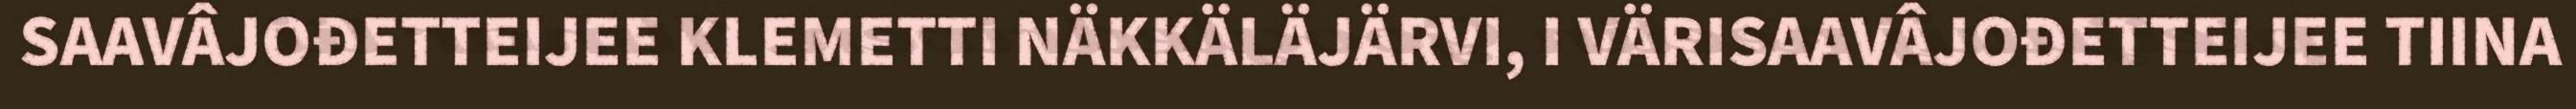
SAAVÂJOĐETTEIJEE KLEMETTI NÄKKÄLÄJÄRVI, I VÄRISAAVÂJOĐETTEIJEE TIINA